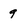
Character: 9